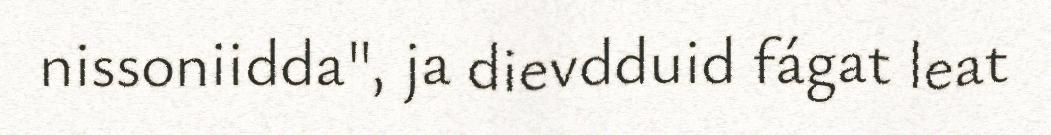
nissoniidda", ja dievdduid fágat leat